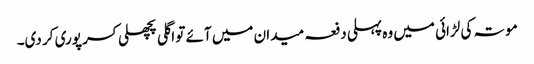
موتہ کی لڑائی میں وہ پہلی دفعہ میدان میں آئے تو اگلی پچھلی کسر پوری کر دی۔